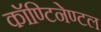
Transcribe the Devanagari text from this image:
कॉण्टिनेण्टल